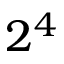
2 ^ { 4 }